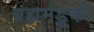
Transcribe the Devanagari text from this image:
ब्रह्ममंडूकी